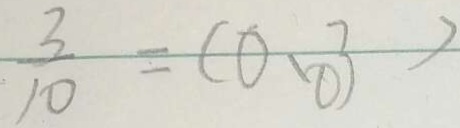
\frac { 3 } { 1 0 } = ( 0 . 0 3 )